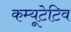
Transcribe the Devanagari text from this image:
कम्यूटेटिव